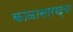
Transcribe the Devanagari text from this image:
काळासारख्या